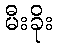
မီးခိုး